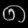
Digit: ၈